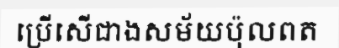
ប្រើសើជាងសម័យប៉ុលពត